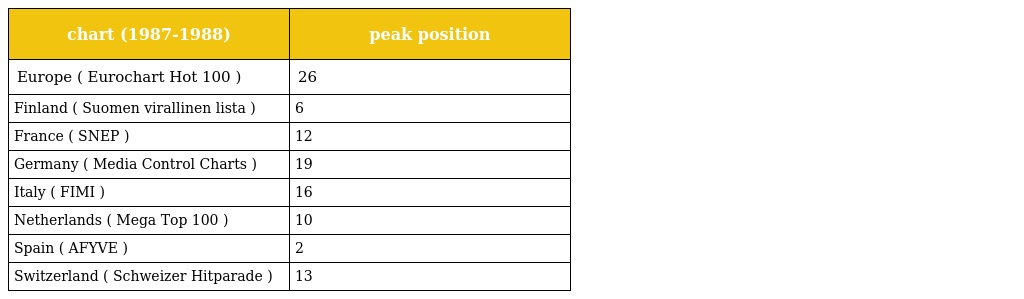
| chart (1987-1988) | peak position |
 | --- | --- |
 | Europe ( Eurochart Hot 100 ) | 26 |
 | Finland ( Suomen virallinen lista ) | 6 |
 | France ( SNEP ) | 12 |
 | Germany ( Media Control Charts ) | 19 |
 | Italy ( FIMI ) | 16 |
 | Netherlands ( Mega Top 100 ) | 10 |
 | Spain ( AFYVE ) | 2 |
 | Switzerland ( Schweizer Hitparade ) | 13 |